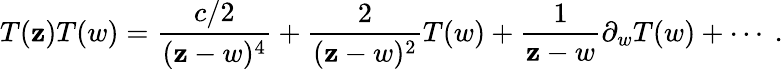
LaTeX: T(\mathbf{z})T(w)=\frac{{{c}/{2}}}{{(\mathbf{z}-w)^{4}}}+\frac{{2}}{{(\mathbf{z}-w)^{2}}}T(w)+\frac{{1}}{{\mathbf{z}-w}}\partial_{w}T(w)+\cdots~.